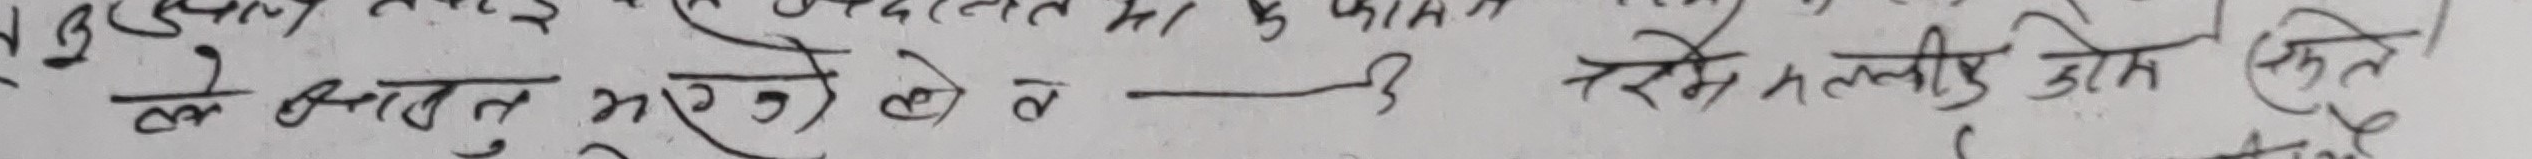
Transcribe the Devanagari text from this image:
त्यले ब्यक्त हुनै के ले—३ रहे हल्दी जोड लेते